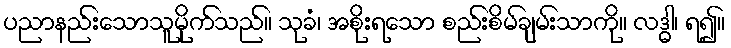
ပညာနည်းသောသူမိုက်သည်။ သုခံ၊ အစိုးရသော စည်းစိမ်ချမ်းသာကို။ လဒ္ဓါ၊ ရ၍။